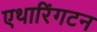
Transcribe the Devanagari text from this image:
एथारिंगटन